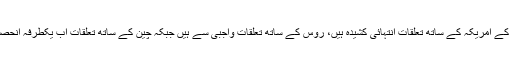
دوسری طرف پاکستان کے امریکہ کے ساتھ تعلقات انتہائی کشیدہ ہیں، روس کے ساتھ تعلقات واجبی سے ہیں جبکہ چین کے ساتھ تعلقات اب یکطرفہ انحصار تک پہنچ چکے ہیں۔